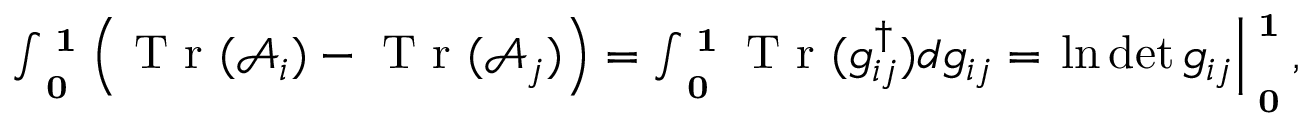
\begin{array} { r } { \int _ { \bf \Pi _ { 0 } } ^ { \bf \Pi _ { 1 } } \left( \mathrm { ~ T ~ r ~ } ( \mathcal { A } _ { i } ) - \mathrm { ~ T ~ r ~ } ( \mathcal { A } _ { j } ) \right) = \int _ { \bf \Pi _ { 0 } } ^ { \bf \Pi _ { 1 } } \mathrm { ~ T ~ r ~ } ( g _ { i j } ^ { \dagger } ) d g _ { i j } = \left. \ln \operatorname* { d e t } g _ { i j } \right| _ { \bf \Pi _ { 0 } } ^ { \bf \Pi _ { 1 } } , } \end{array}